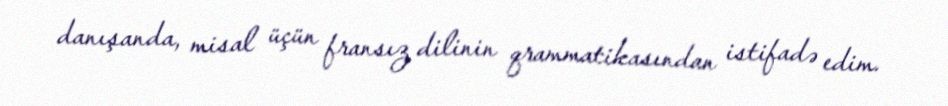
danışanda, misal üçün fransız dilinin qrammatikasından istifadə edim.